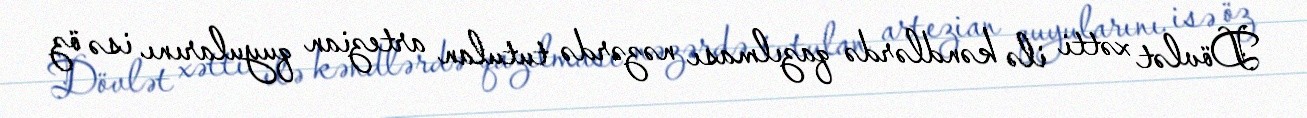
Dövlət xətti ilə kəndlərdə qazılması nəzərdə tutulan artezian quyularını isə öz